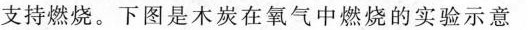
支持燃烧。下图是木炭在氧气中燃烧的实验示意